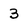
Character: 3